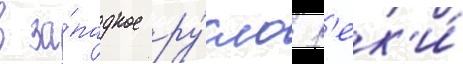
в за́падное ру́сло р'ек'и́